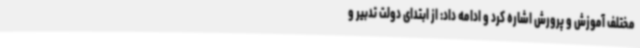
مختلف آموزش و پرورش اشاره کرد و ادامه داد: از ابتدای دولت تدبیر و